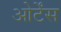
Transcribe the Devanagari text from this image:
ओर्टेंस